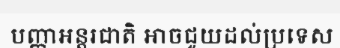
បញ្ញាអន្តរជាតិ អាចជួយដល់ប្រទេស